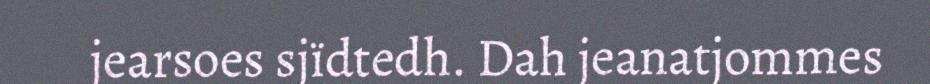
jearsoes sjïdtedh. Dah jeanatjommes